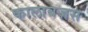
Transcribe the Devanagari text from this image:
कालाबज़स